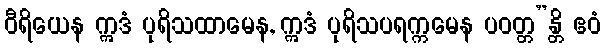
ဝီရိယေန ဣဒံ ပုရိသထာမေန, ဣဒံ ပုရိသပရက္ကမေန ပဝတ္တ”န္တိ ဧဝံ